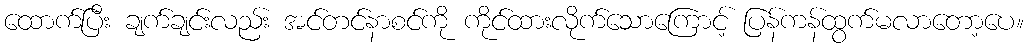
ထောက်ပြီး ချက်ချင်းလည်း အင်တင်နာစင်ကို ကိုင်ထားလိုက်သောကြောင့် ပြန်ကန်ထွက်မလာတော့ပေ။